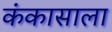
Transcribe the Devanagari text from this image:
कंकासाला